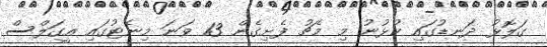
ގަލޮޅު ދަނޑުގައި ކުޅުނު މި މެޗު ފެށިގެން 13 ވަނަ މިނެޓުގައި އީގަލްސް